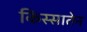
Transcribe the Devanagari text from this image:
किस्सातेन